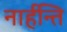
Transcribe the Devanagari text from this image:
नार्हन्ति